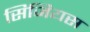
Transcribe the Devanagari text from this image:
सिजियस